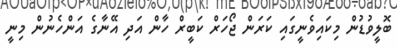
ބޮލީވުޑުން މިކައިވެނީގައި ކަރަން ޖޯހަރް ކަބީރް ހާން އަދި އޭނާގެ އަންހެނުން މިނީ